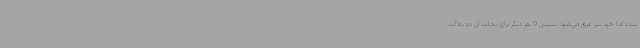
شده اما خود نیز غرق می‌شود. سپس 9 نفر دیگر برای نجات آن دو به آب